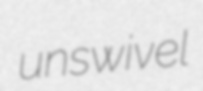
unswivel